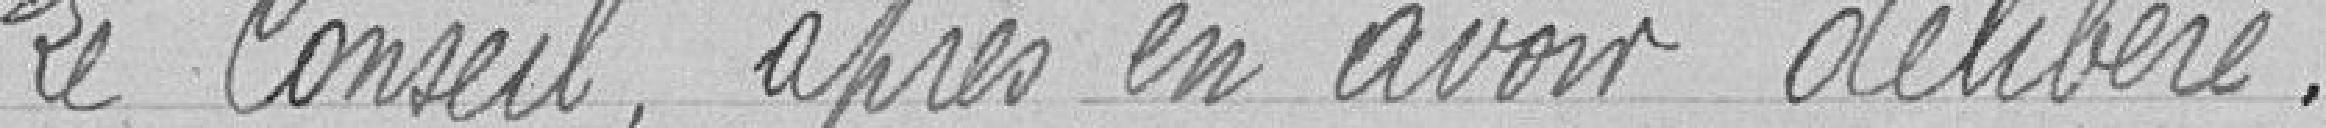
Le Conseil, après en avoir délibérer :